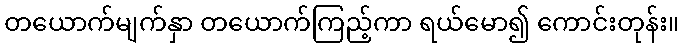
တယောက်မျက်နှာ တယောက်ကြည့်ကာ ရယ်မော၍ ကောင်းတုန်း။